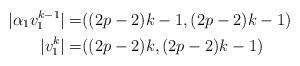
LaTeX: \begin{align*}| \alpha_1v_1^{k-1}|=&((2p-2)k-1,(2p-2)k-1) \\|v_1^k|=&((2p-2)k,(2p-2)k-1)\end{align*}